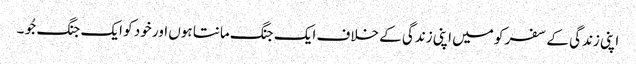
اپنی زندگی کے سفر کو میں اپنی زندگی کے خلاف ایک جنگ مانتا ہوں اور خود کو ایک جنگ جُو ۔